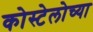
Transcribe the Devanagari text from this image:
कोस्टेलोच्या